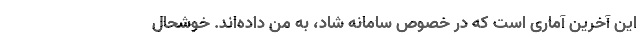
این آخرین آماری است که در خصوص سامانه شاد، به من داده‌اند. خوشحال